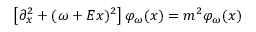
\left[ \partial _ { x } ^ { 2 } + ( \omega + E x ) ^ { 2 } \right] \varphi _ { \omega } ( x ) = m ^ { 2 } \varphi _ { \omega } ( x )